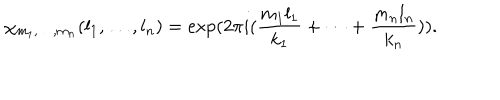
\chi _ { m _ { 1 } , \ldots , m _ { n } } ( l _ { 1 } , \ldots , l _ { n } ) = \exp ( 2 \pi i ( \frac { m _ { 1 } l _ { 1 } } { k _ { 1 } } + \dots + \frac { m _ { n } l _ { n } } { k _ { n } } ) ) .